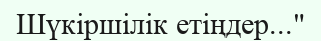
Шүкіршілік етіңдер..."